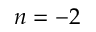
n = - 2